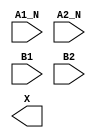
module sky130_fd_sc_lp__o2bb2a (
    //# {{data|Data Signals}}
    input  A1_N,
    input  A2_N,
    input  B1  ,
    input  B2  ,
    output X
);

    // Voltage supply signals
    supply1 VPWR;
    supply0 VGND;
    supply1 VPB ;
    supply0 VNB ;

endmodule